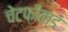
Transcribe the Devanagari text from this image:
चेटफ़ील्ड